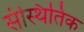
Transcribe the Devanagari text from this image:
संस्थितिक